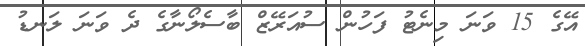
އޭގެ 15 ވަނަ މިނެޓު ފަހުން ސުއަރޭޒް ބާސެލޯނާގެ ދެ ވަނަ ލަނޑު